Annual report on the Civil Veterinary Department, Burma (including the Insein Veterinary School) - 1932-1941
Year: 1932
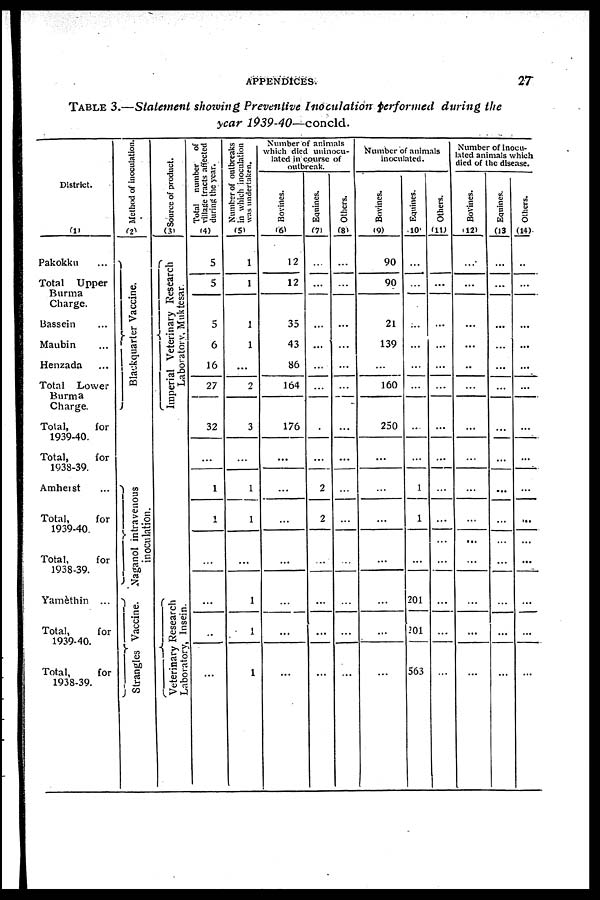
APPENDICES.
27
TABLE 3.—Statement showing Preventive Inoculation performed during the
year
1939-40—concld.
District.
(1)
Pakokku ...
Total
Upper
Burma
Charge.
Bassein ...
Maubin ...
Henzada ...
Total Lower
Burma
Charge.
Total,
for
1939-40.
Total,
for
1938-39.
Amherst ...
Total,
for
1939-40.
Total,
for
1938-39.
Yamèthin ...
Total,
for
1939-40.
Total,
for
1938-39.
Method of inoculation.
(2)
Blackquarter Vaccine.
Naganol intravenous
inoculation.
Strangles Vaccine.
Source of product.
(3)
Imperial Veterinary Research
Laboratory, Muktesar.
Veterinary Research
Laboratory, Insein.
Total number of
village tracts affected
during the year.
(4)
5
Number of outbreaks
in which inoculation
was undertaken.
(5)
1
Number of animals
which died uninocu-
lated in course of
outbreak.
Bovines.
(6)
12
Equines.
(7)
...
Others.
(8)
...
Number of animals
inoculated.
Bovines.
(9)
90
Equines.
(10)
...
Others.
(11)
...
Number of inocu-
lated animals which
died of the disease.
Bovines.
(12)
...
Equines.
(13)
...
Others.
(14)
...
5
1
12
...
...
90
...
...
...
...
...
5
6
16
27
32
1
1
...
2
3
35
43
86
164
176
...
...
...
...
...
...
...
...
...
...
21
139
...
160
250
...
...
...
...
...
...
...
...
...
...
...
...
..
...
...
...
...
...
...
...
...
...
...
...
...
...
...
...
...
...
...
...
...
...
...
...
1
1
...
2 ...
...
1 ...
...
...
...
1
1
...
2
...
...
1
...
...
...
...
...
...
...
...
—
...
...
...
1
1
1
...
...
...
...
...
...
...
...
...
...
...
...
201
201
563
...
...
...
...
...
...
...
...
...
...
...
...